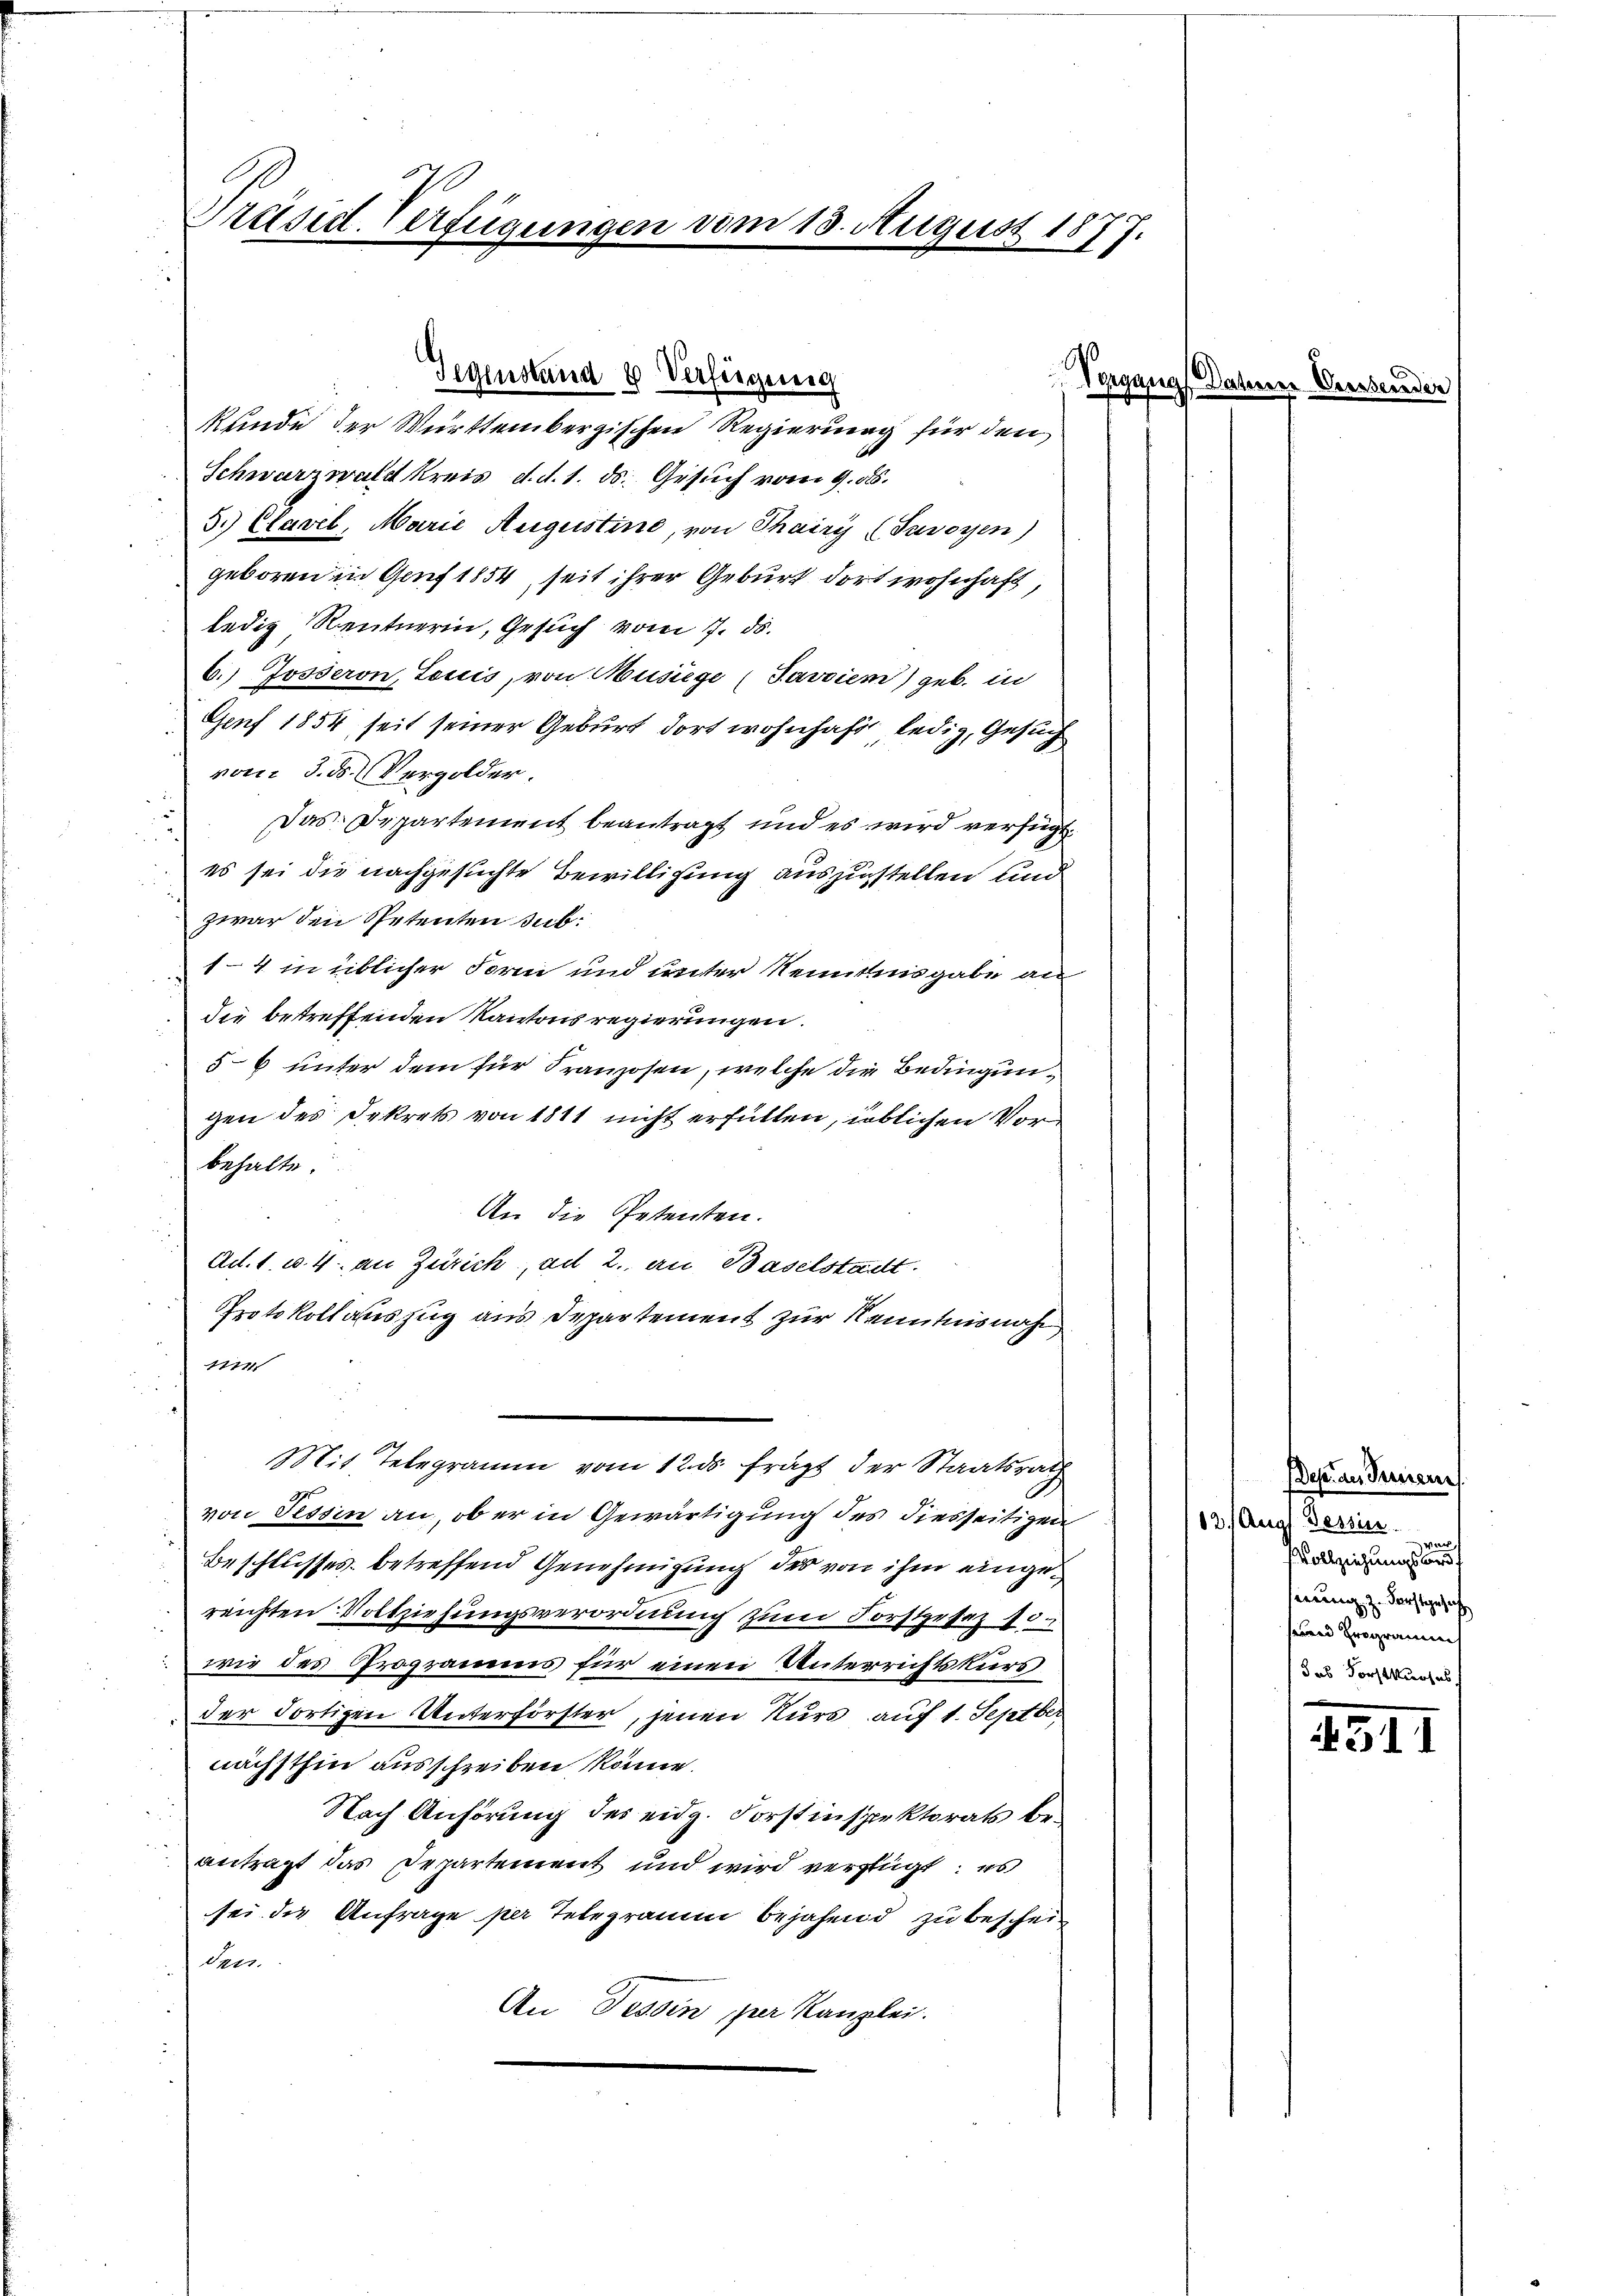
Präsid. Verfügungen vom 13. August 1877.

Gegenstand 4 Verfügung

kunde der Württembergischen Regierung für den
Schwarzwald kreis d. d. 1. ds. Gesuch vom 9. d.
5.) Clavel, Marie Augustine, von Thairy (Savoyen)
geboren in Genf 1854, seit ihrer Geburt dort wohnhaft,
ledig Rentnerin, Gesuch vom 7. ds.
6.) Josseron, Louis, von Musiege (Favvien) geb. in
Genf 1854, seit seiner Geburt dort wohnhaft ledig, Gesuch
vom 3. ds. Vergolder
Das Departement beantragt und es wird verfügt
es sei die nachgesuchte Bewilligung auszustellen und
zwar den Petenten sub:
1-4 in üblicher Form und unter Kenntnisgabe an
die betreffenden Kantonsregierungen.
56 unter dem für Franzosen, welche die Bedingungen des Dekrets von 1811 nicht erfüllen, ieblichen Vorbehalte
An die Petenten.
Ad. 1. v. 4. an Zürich, ad 2., an Baselstadt
Protokollauszug aus Departement zur Kenntnisnah
1774
Mit Telegramm vom 12. ds fragt der Staatsrath
von Tessin an, ob er in Gewärtigung des diesseitigen
Beschlusses. betreffend Genehmigung des von ihm eingereichten Vollziehungsverordnung zum Forstgesez 10.
wie des Programms für einen Unterrichtskurs
der dortigen Unterförster, jenen Kurs auf 1. Septber
nächsthin ausschreiben könne.
Nach Anhörung des eidg. Forstinspektorats beantragt das Departement und wird verfügt: es
sei die Anfrage per Telegramm bejahend zu bescheiden.
An Tessin, per Kanzlei.

9

Dep. an Treuern
2. Aug. Tessin.
s
Vollziehungswardt
nung, z. Forstgesich
seiend Programms
das Forstkurses

511